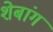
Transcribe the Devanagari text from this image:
शेबांग